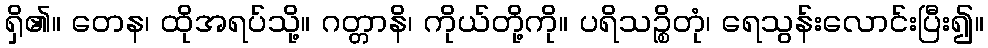
ရှိ၏။ တေန၊ ထိုအရပ်သို့။ ဂတ္တာနိ၊ ကိုယ်တို့ကို။ ပရိသဉ္စိတုံ၊ ရေသွန်းလောင်းပြီး၍။